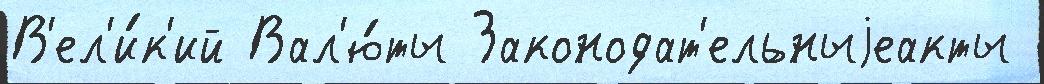
В'ел'и́к'ий Вал'ю́ты Законодат'ельныjеакты